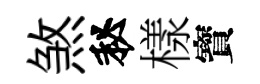
煞秘樣寳